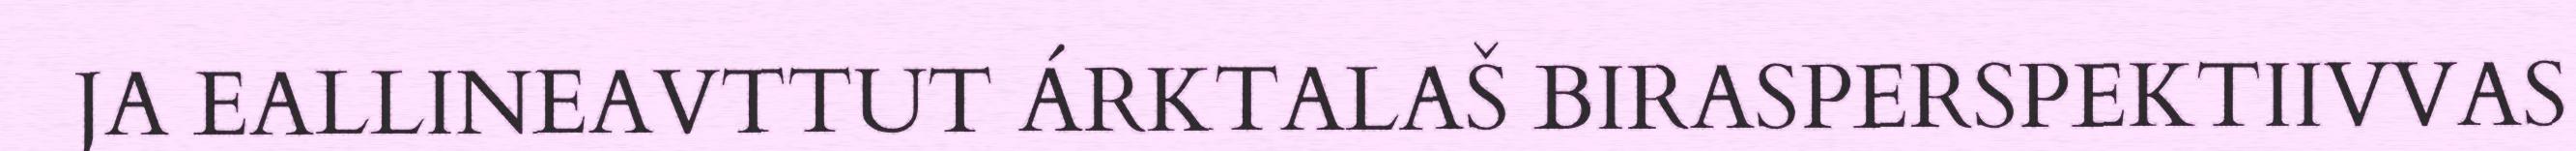
JA EALLINEAVTTUT ÁRKTALAŠ BIRASPERSPEKTIIVVAS